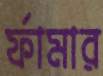
র্ফামার